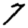
Digit: 7